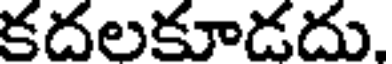
కదలకూడదు.